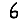
Digit: 6